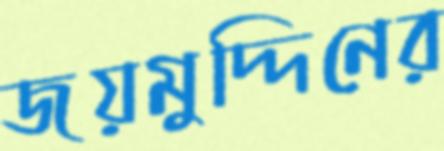
জয়মুদ্দিনের